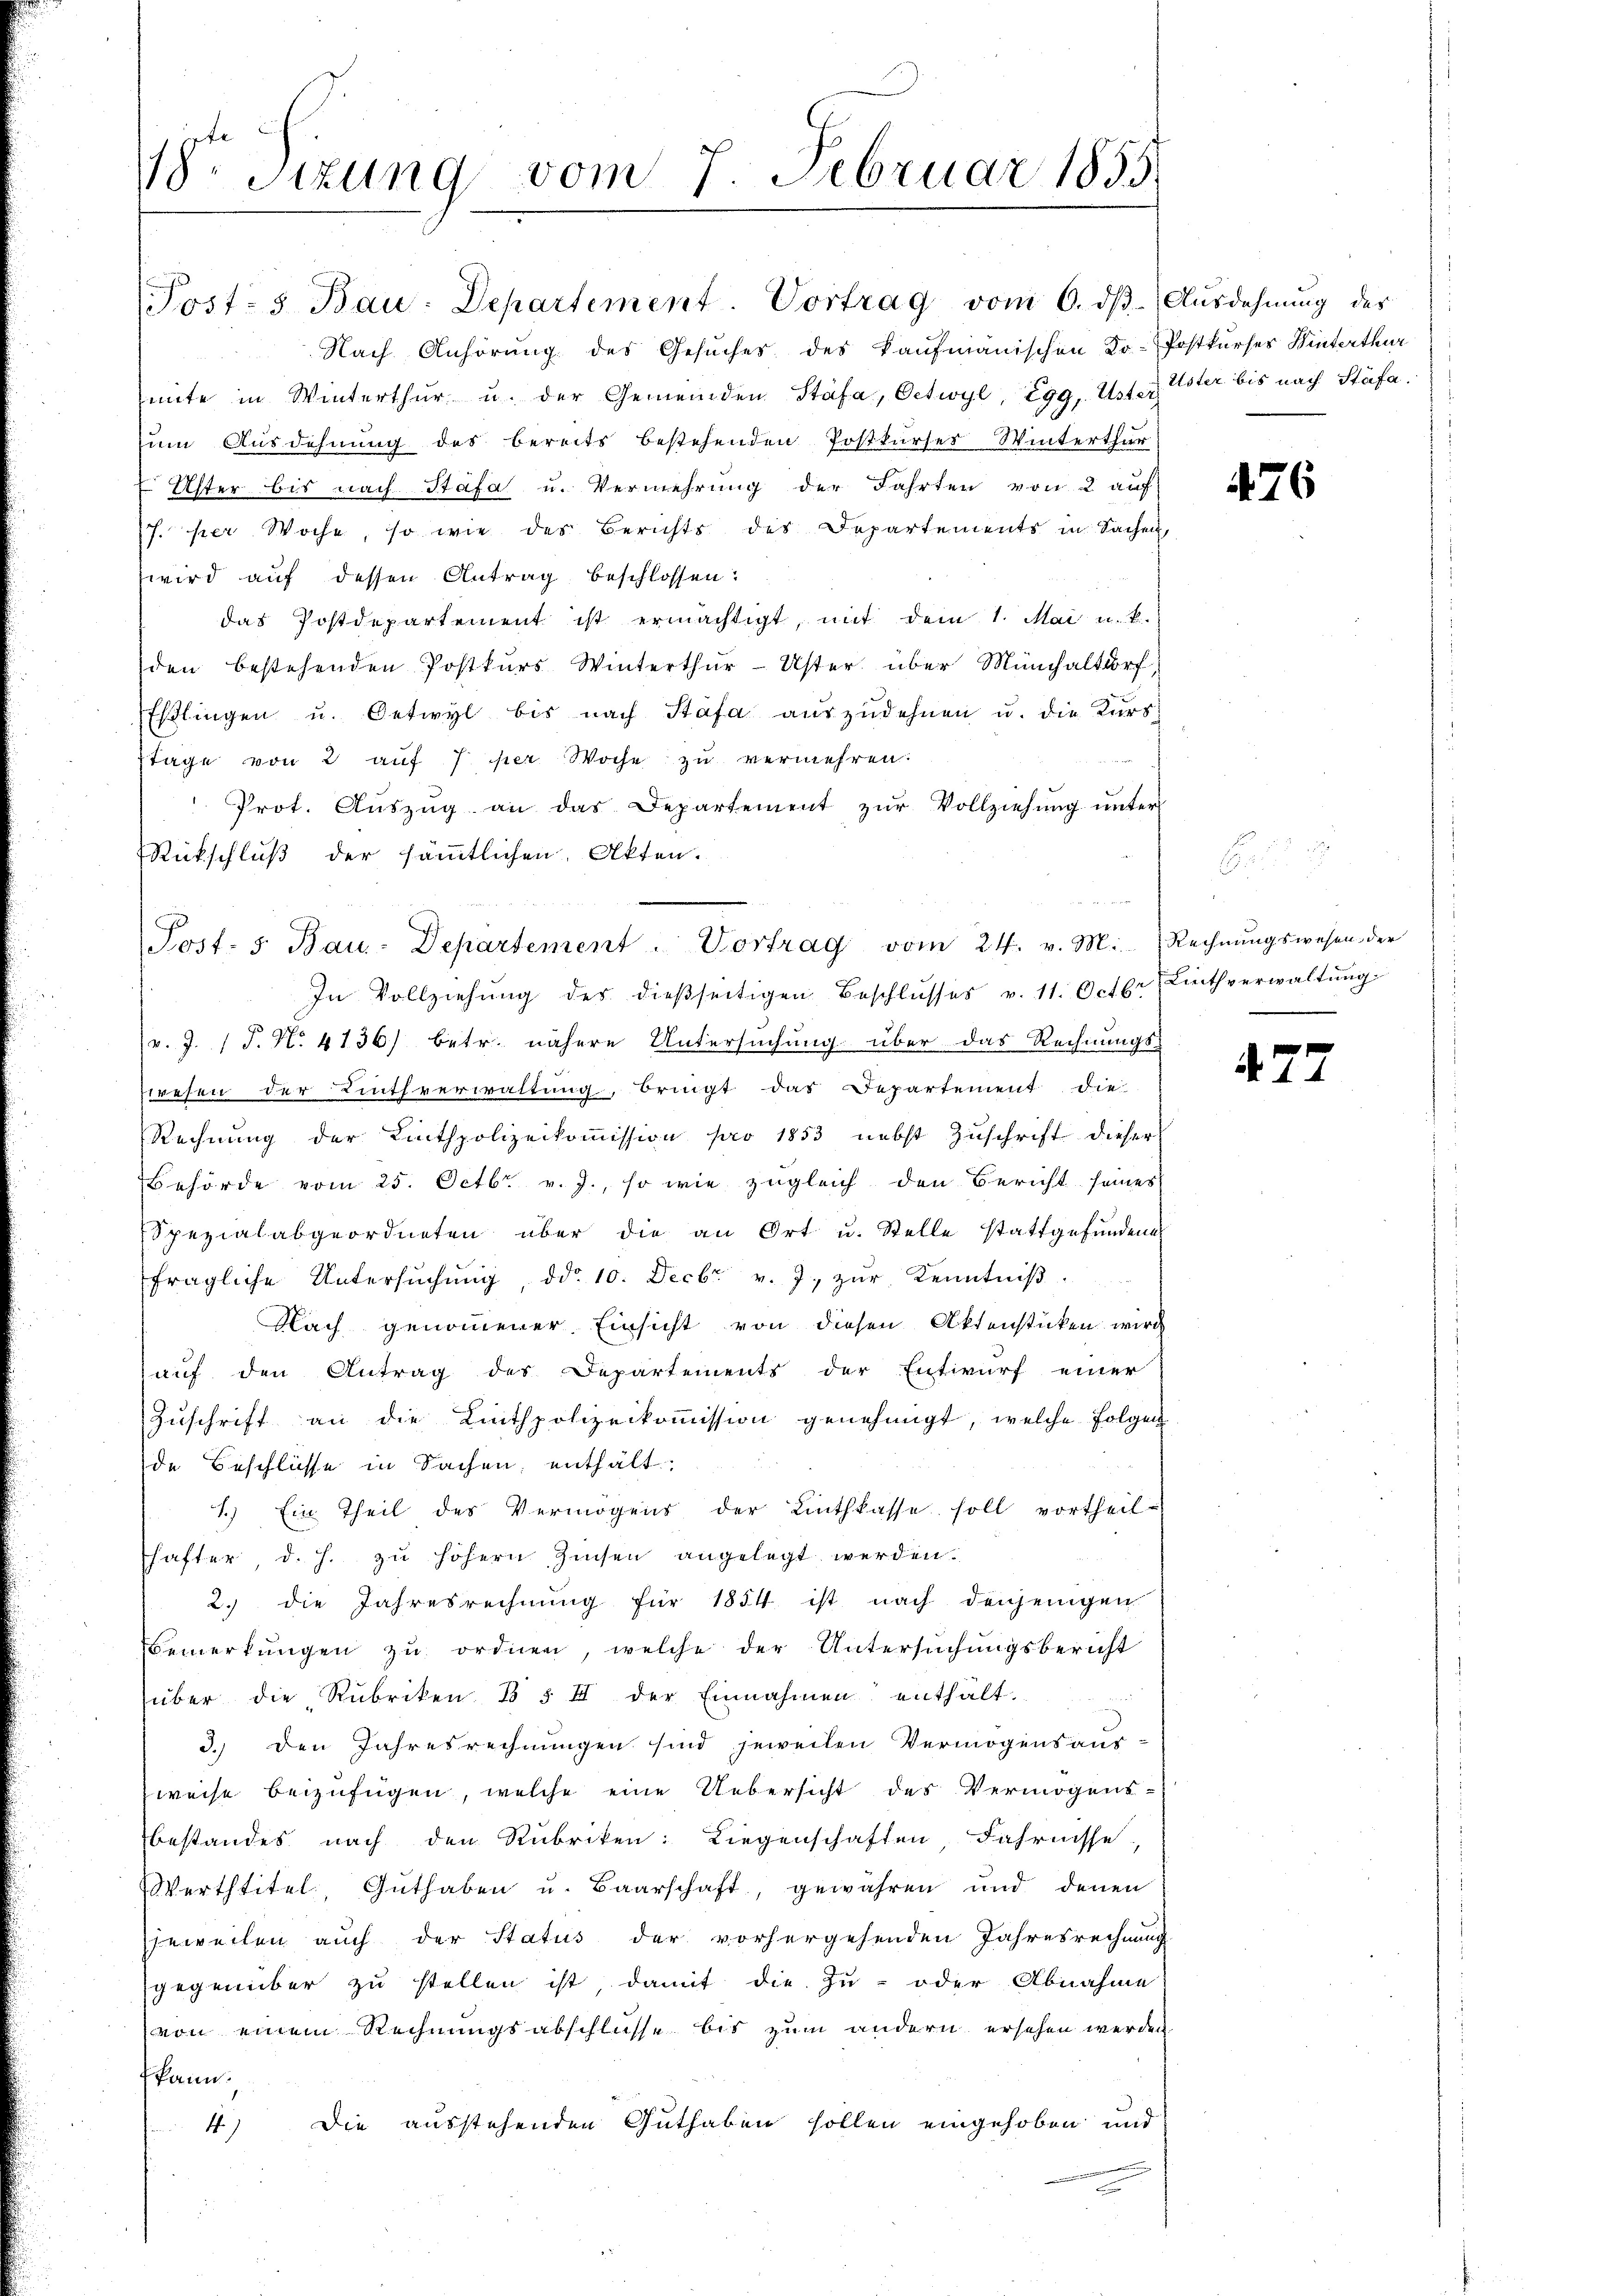
18r Sitzung vom 7. Februar 1855.

Nach Anhörung des Gesuches des kaufmanischen Ko-Postkurses Winterthur
mite in Winterthur u. der Gemeinden Stäfa, Oetwyl, Egg, Uster
um Ausdehnung des bereits bestehenden Postkurses Winterthur
 Uster bis nach Stäfa u. Vermehrung der Fahrten von 2 auf
7. per Woche, so wie des Berichts des Departements in Sachen,
wird auf dessen Antrag beschlossen:
das Postdepartement ist ermächtigt, mit dem 1. Mai u. k.
den bestehenden Postkŭrs Winterthur-Uster über Münchaltdorf,
Eßlingen u. Oetwyl bis nach Stäfa aŭszŭdehnen u. die Kurs-
ztage von 2 auf 7 per Woche zu vermehren.
Prot. Aŭszŭg an das Departement zŭr Vollziehŭng ŭnter
Rückschluß der sämmtlichen Akten.
In Vollziehung des dießseitigen Beschlŭsses v. 11. Octbr
v. J. 17. No. 4136) betr. nähere Untersuchung über das Rechnungs-
swesen der Linthverwaltung, bringt das Departement die
Rechnung der Linthpolizeikoṁission pro 1853 nebst Zŭschrift dieser
Behörde vom 25. Octbr. v. J., so wie zugleich den Bericht seines
Spezialabgeordneten über die an Ort u. Stelle stattgefundene
fragliche Untersŭchŭng, ddo. 10. Decbr v. J. zŭr Kenntniβ
Nach genommener Einsicht von diesen Aktenstücken wird
auf den Antrag des Departements der Entwurf einer
Zuschrift an die Linthpolizeikommission genehmigt, welche Folgen
de Beschlüsse in Sachen, enthält.
1.) Ein Theil des Vermögens der Linthkasse soll vortheil-
hafter, d. h. zu höhern Zinsen angelegt werden.
2. die Jahresrechnung für 1854 ist nach denjenigen
Bemerkungen zu ordnen, welche der Untersuchungsbericht
über die Rubriken 1 § II der Einnahmen enthält.
3.) Den Jahresrechnungen sind jeweilen Vermögensaus-
weise beizufügen, welche eine Uebersicht des Vermögens-
bestandes nach den Rubriken: Liegenschaften, Fahrnisse
Werttitel, Guthaben u. Baarschaft, gewähren und denen
jeweilen auch der Status der vorhergehenden Jahresrechnung
gegenüber zu stellen ist, damit die Zu- oder Abnahme
von einem Rechnungsabschlüsse bis zum andern ersehen werden
kann.
4.) Die ausstehenden Guthaben sollen eingehoben und

Post- & Bau: Departement. Vortrag vom 6. ds Ausdehnung der

Post- 5. Bau-Departement. Vortrag vom 24. v. M. Rechnŭngswesen der

Uster bis nach Stäfa.

476

Liethverwaltung

d

7